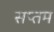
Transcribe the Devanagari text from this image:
सप्‍तम